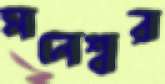
মনেশ্বর